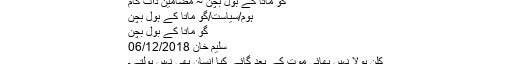
گؤ ماتا کے بول بچن ~ مضامین ڈاٹ کام
ہوم/سیاست/گؤ ماتا کے بول بچن
گؤ ماتا کے بول بچن
سلیم خان 06/12/2018
کلن بولا نہیں بھائی موت کے بعد گائے کیا انسان بھی نہیں بولتے۔